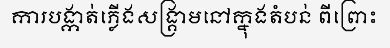
ការបង្កាត់ភ្លើងសង្គ្រាមនៅក្នុងតំបន់ ពីព្រោះ